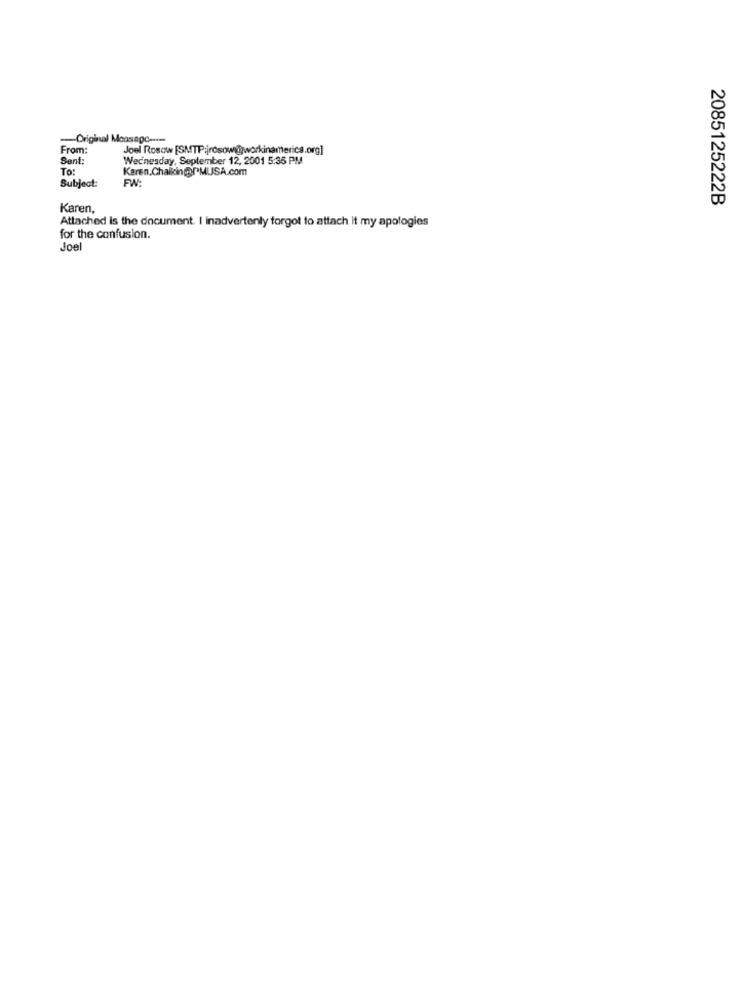
-- Original Message -....
From:
Joel Rosow [SMTP:jrosowijworkinamerica.org]
Sont
Wednesday, September 12, 2001 5:35 PM
To:
Karen.Chalkin@I'MUSA.com
Subject:
FW :
2085125222B
Karen,
Attached Is the document. I inadvertenty forgot to attach it my apologies
for the confusion.
Joel